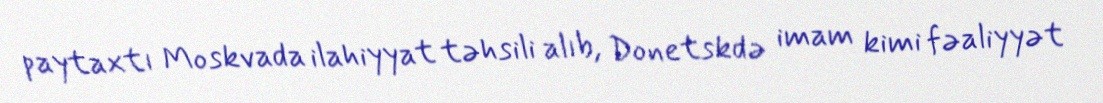
paytaxtı Moskvada ilahiyyat təhsili alıb, Donetskdə imam kimi fəaliyyət